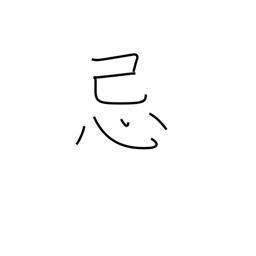
Meaning: mourning